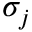
\sigma _ { j }